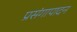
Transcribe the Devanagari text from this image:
प्रसंगापादन